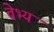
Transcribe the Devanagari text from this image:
तेभ्य